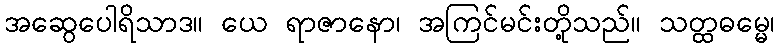
အဆွေပေါရိသာဒ။ ယေ ရာဇာနော၊ အကြင်မင်းတို့သည်။ သတ္ထဓမ္မေ၊